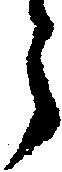
う